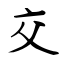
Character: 交